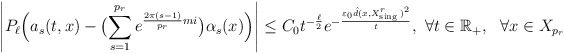
\begin{align*} \left\vert P_\ell\Bigr(a_s(t,x)-\bigl(\sum\limits^{p_r}_{s=1}e^{\frac{2\pi(s-1)}{p_r}mi}\bigr)\alpha_{s}(x)\Bigr)\right\vert\leq C_0t^{-\frac{\ell}{2}}e^{-\frac{\varepsilon_0\hat d(x,X^{r}_{\mathrm{sing\,}})^2}{t}},\ \forall t\in\mathbb{R}_+,\ \ \forall x\in X_{p_r}\end{align*}